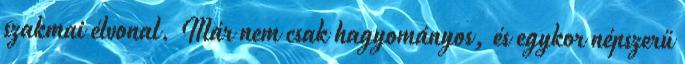
szakmai élvonal. Már nem csak hagyományos, és egykor népszerű